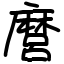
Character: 麿